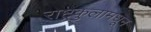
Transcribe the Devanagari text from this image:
राष्ट्रकुलामधून